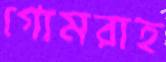
গোমরাহ